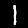
Label: 1